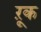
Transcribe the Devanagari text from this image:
ऱूक